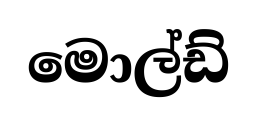
මොල්ඩ්